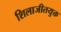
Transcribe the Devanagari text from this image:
शिलाजीतयुक्त